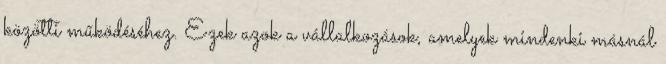
közötti működéséhez. Ezek azok a vállalkozások, amelyek mindenki másnál